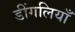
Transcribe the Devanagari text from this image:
डींगलियाँ